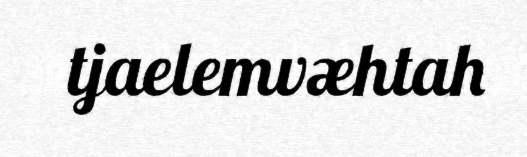
tjaelemvæhtah